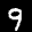
Label: 9